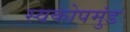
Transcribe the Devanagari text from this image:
स्वकोपमुंड